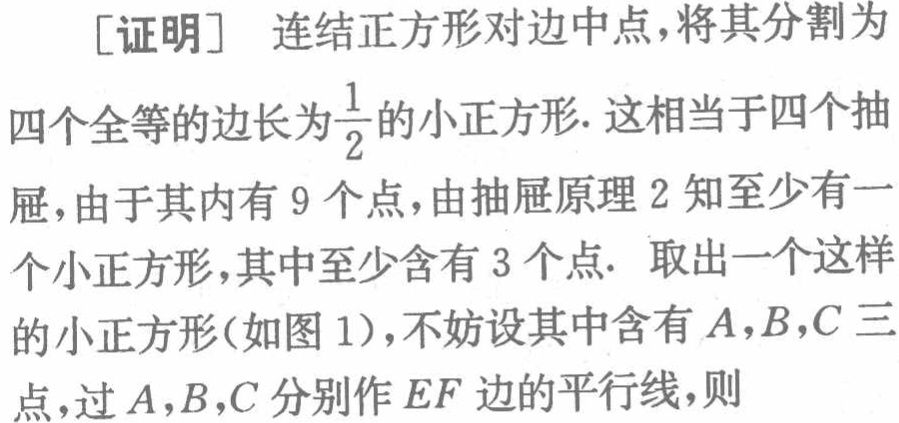
[证明] 连结正方形对边中点，将其分割为

四个全等的边长为$\frac{1}{2}$的小正方形. 这相当于四个抽

屉，由于其内有 9 个点，由抽屉原理 2 知至少有一

个小正方形，其中至少含有 3 个点. 取出一个这样

的小正方形(如图 1)，不妨设其中含有$A,B,C$三

点，过$A,B,C$分别作$EF$边的平行线，则